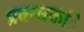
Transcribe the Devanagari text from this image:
प्रबन्धकांे